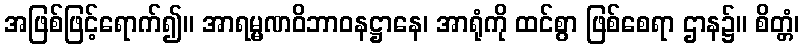
အဖြစ်ဖြင့်ရောက်၍။ အာရမ္မဏဝိဘာဝနဋ္ဌာနေ၊ အာရုံကို ထင်စွာ ဖြစ်စေရာ ဌာန၌။ စိတ္တံ၊